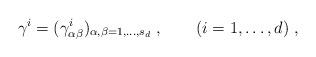
LaTeX: \begin{align*}\gamma^i=(\gamma^i_{\alpha\beta})_{\alpha,\beta=1,\ldots,s_d}\;,\qquad(i=1,\ldots,d)\;,\end{align*}